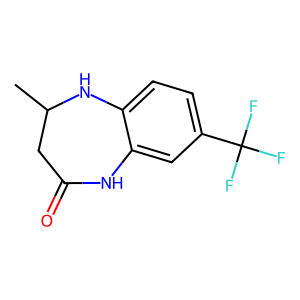
SMILES: CC1CC(=O)Nc2cc(C(F)(F)F)ccc2N1
Inhibits HIV replication: No